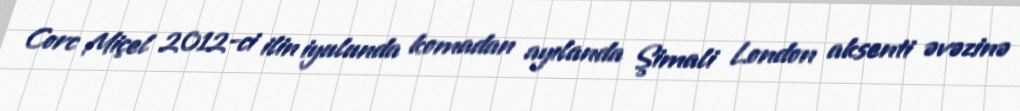
Corc Miçel 2012-ci ilin iyulunda komadan ayılanda Şimali London aksenti əvəzinə